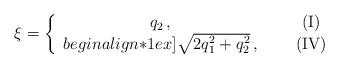
LaTeX: \begin{align*}\xi = \left\{ \begin{array}{ccc} q_2\,, &~~& {\rm(I)} \\begin{align*}1ex]\sqrt{2q_1^2 +q_2^2}\,, & &{\rm(IV)} \end{array} \right.\end{align*}